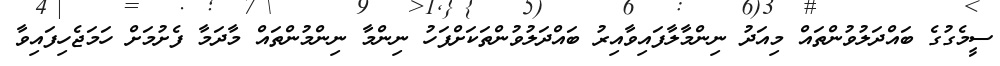
ސީމެގުގެ ބައްދަލުވުންތައް މިއަދު ނިންމާލާފައިވާއިރު ބައްދަލުވުންތަކަށްފަހު ނިންމާ ނިންމުންތައް މާދަމާ ފެށުމަށް ހަމަޖެހިފައިވާ